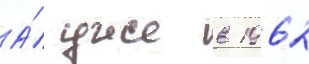
А́ уже в 1962